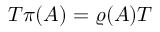
T \pi ( A ) = \varrho ( A ) T